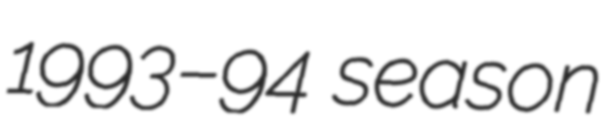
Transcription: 1993–94 season